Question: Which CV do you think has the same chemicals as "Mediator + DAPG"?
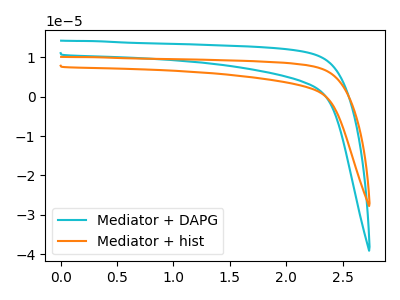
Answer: <think>The cyan curve "Mediator + DAPG" has no peaks. The orange curve "Mediator + hist" has no peaks.
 Neither "Mediator + DAPG" or "Mediator + hist" have any peaks.</think>
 <answer>The CV with the most similar shape to "Mediator + hist" is "Mediator + DAPG".</answer>
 <eval>"Mediator + DAPG"</eval>